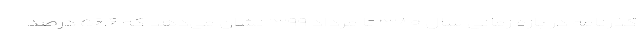
گذرنامه در بازه زمانی سال ۱۳۸۰ تا مرداد ۱۳۹۹ نشان می‌دهد که ۵۶.۶ درصد